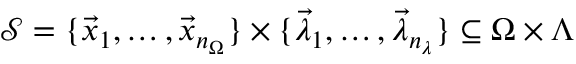
\mathcal { S } = \{ \vec { x } _ { 1 } , \hdots , \vec { x } _ { n _ { \Omega } } \} \times \{ \vec { \lambda } _ { 1 } , \hdots , \vec { \lambda } _ { n _ { \lambda } } \} \subseteq \Omega \times \Lambda